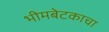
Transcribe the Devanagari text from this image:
भीमबेटकाचा